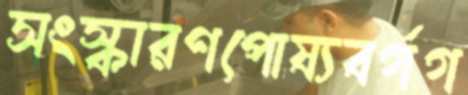
সংস্কারণপোষ্যবর্গগ